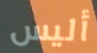
أليس